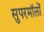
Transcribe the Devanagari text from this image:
सुपरमॉलों